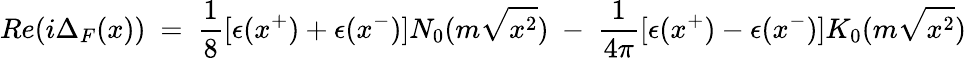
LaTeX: Re(i\Delta_{F}(x))~=~{\frac{1}{8}}[\epsilon(x^{+})+\epsilon(x^{-})]N_{0}(m\sqrt{x^{2}})~-~{\frac{1}{4\pi}}[\epsilon(x^{+})-\epsilon(x^{-})]K_{0}(m\sqrt{x^{2}})